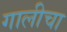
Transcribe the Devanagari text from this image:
गालीचा